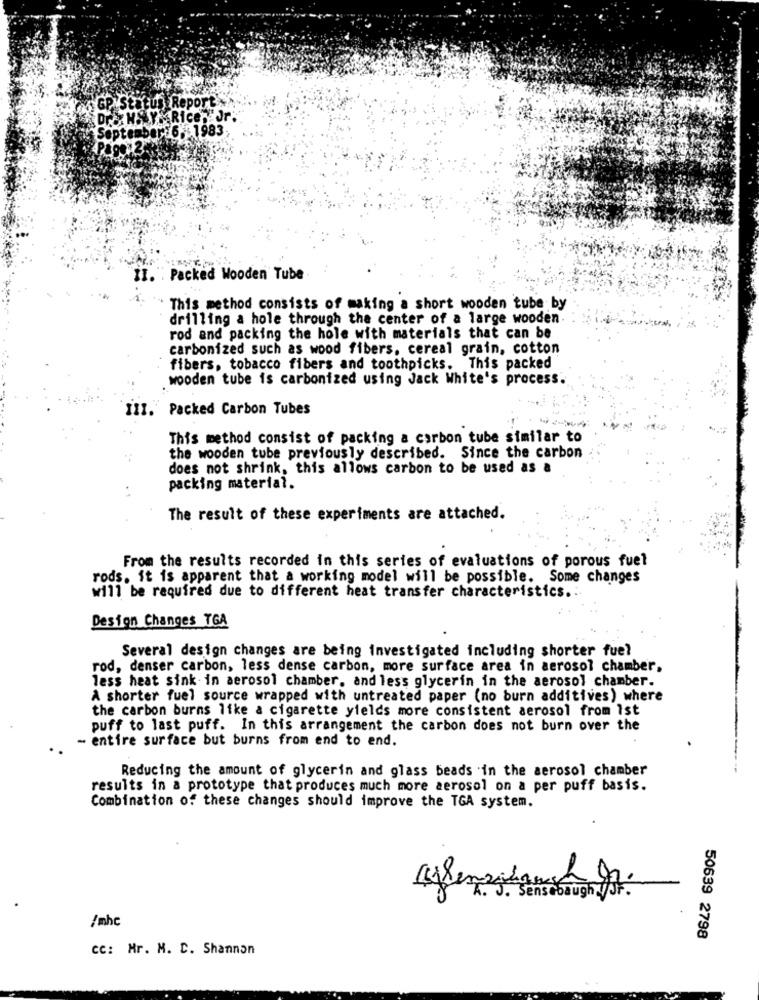
3 GP Status Report
Dr& HSLY Rice. Jr.
Septembert6, 1983
Pa
II. . Packed Wooden Tube
This method consists of making a short wooden tube by
drilling a hole through the center of a large wooden
rod and packing the hole with materials that can be
carbonized such as wood fibers, cereal grain, cotton
fibers, tobacco fibers and toothpicks. This packed
wooden tube is carbonized using Jack White's process.
III. Packed Carbon Tubes
This method consist of packing a carbon tube similar to
the wooden tube previously described. Since the carbon
does not shrink, this allows carbon to be used as a
packing material.
The result of these experiments are attached.
From the results recorded in this series of evaluations of porous fuel
rods. it is apparent that a working model will be possible. Some changes
will be required due to different heat transfer characteristics .:
Design Changes TGA
Several design changes are being investigated including shorter fue?
rod, denser carbon, less dense carbon, more surface area in aerosol chamber.
less heat sink in aerosol chamber, and less glycerin in the aerosol chamber.
A shorter fuel source wrapped with untreated paper (no burn additives) where
the carbon burns like a cigarette yields more consistent aerosol from ist
puff to last puff. In this arrangement the carbon does not burn over the
- entire surface but burns from end to end.
Reducing the amount of glycerin and glass beads in the aerosol chamber
results in a prototype that produces much more aerosol on a per puff basis.
Combination of these changes should improve the TGA system.
/mhc
50639 2798
CC: Mr. M. C. Shannon